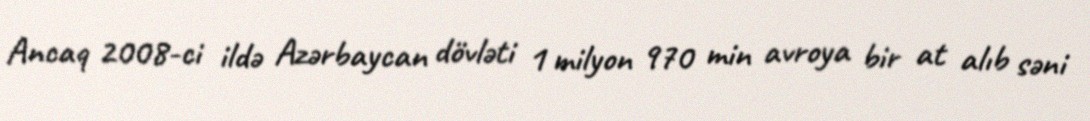
Ancaq 2008-ci ildə Azərbaycan dövləti 1 milyon 970 min avroya bir at alıb səni